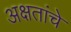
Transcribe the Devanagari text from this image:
अक्षतांचे